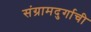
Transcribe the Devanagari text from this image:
संग्रामदुर्गाची